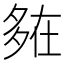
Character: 𡖪